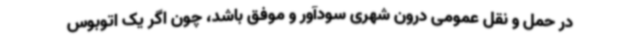
در حمل و نقل عمومی درون شهری سودآور و موفق باشد، چون اگر یک اتوبوس